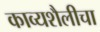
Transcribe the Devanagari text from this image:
काव्यशैलीचा